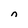
Character: n